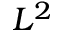
L ^ { 2 }